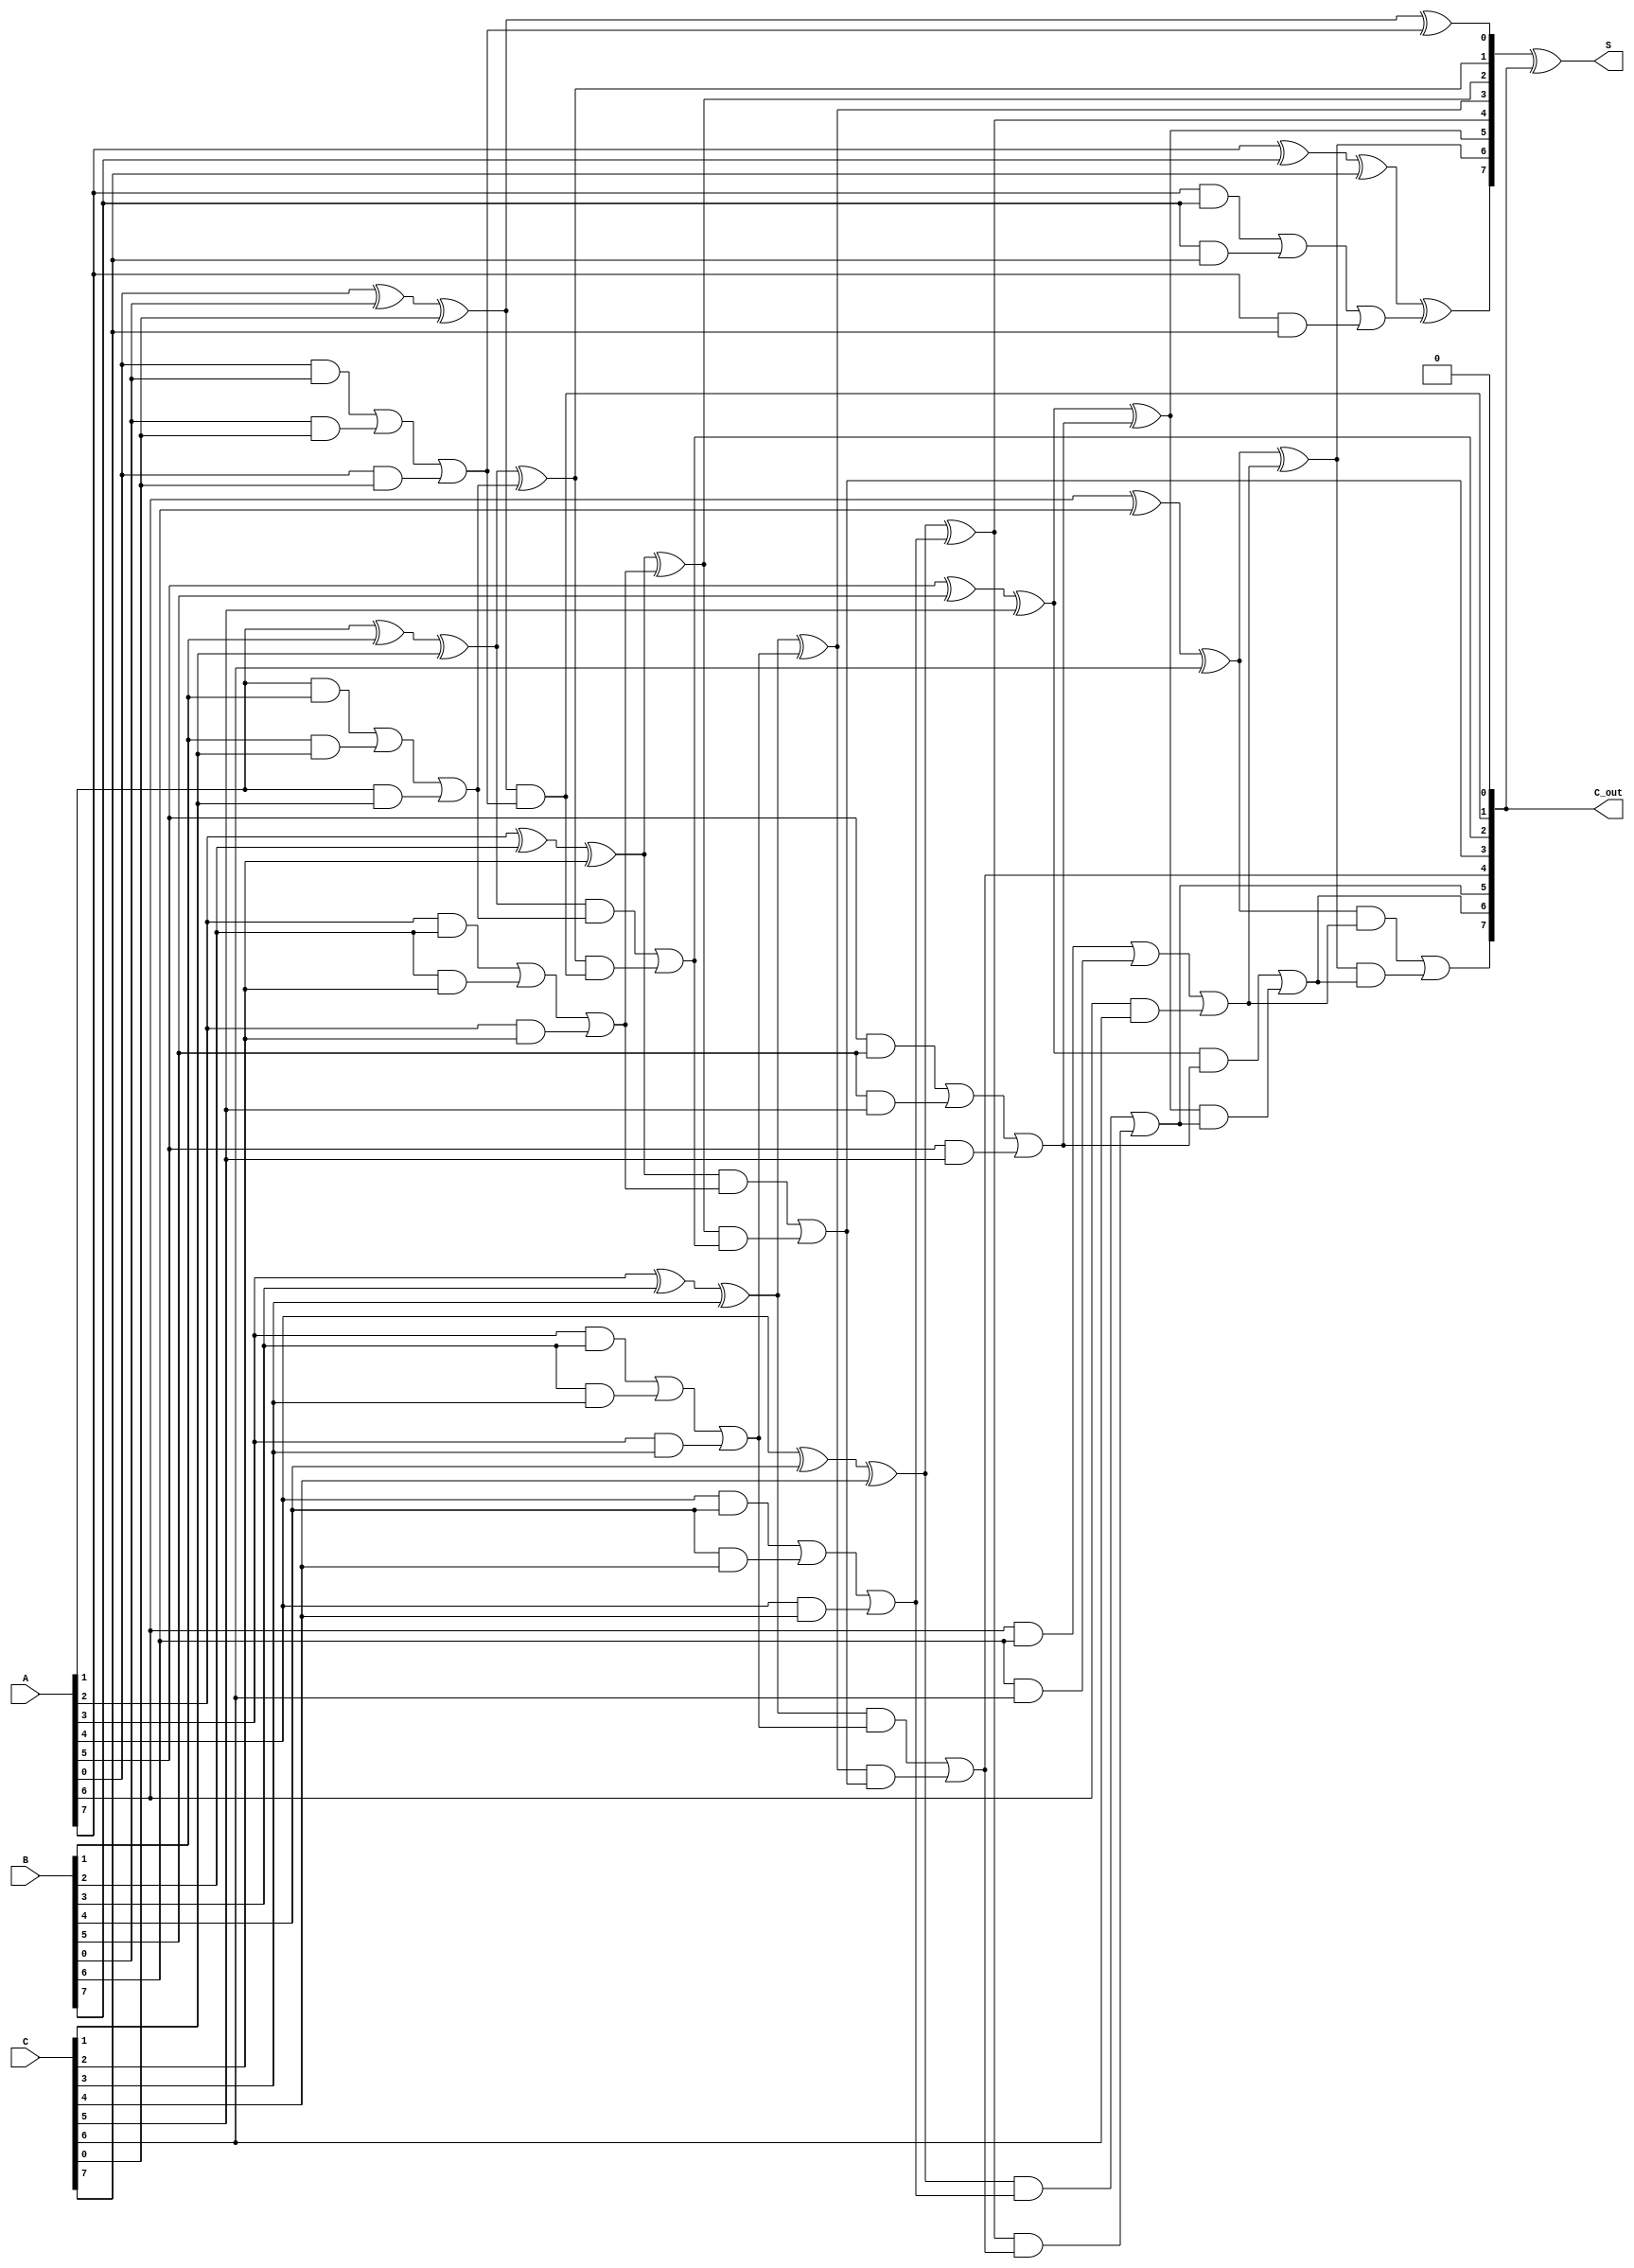
module carry_save_adder #(parameter N = 8) (
    input  [N-1:0] A,    // First operand
    input  [N-1:0] B,    // Second operand
    input  [N-1:0] C,    // Third operand
    output [N-1:0] S,     // Sum output
    output [N-1:0] C_out   // Carry output
);
    // Intermediate sums and carries
    wire [N-1:0] S1, C1; // Outputs from first stage
    wire [N-1:0] S2, C2; // Outputs from second stage

    // Stage 1: Full Adders for A, B, C
    generate
        genvar i;
        for (i = 0; i < N; i = i + 1) begin: stage1
            // Full adder for A, B, and C
            assign S1[i] = A[i] ^ B[i] ^ C[i]; // Sum
            assign C1[i] = (A[i] & B[i]) | (B[i] & C[i]) | (A[i] & C[i]); // Carry
        end
    endgenerate

    // Stage 2: Combine sums and carries from stage 1
    generate
        for (i = 0; i < N; i = i + 1) begin: stage2
            // Full adder for S1 and C1
            assign S2[i] = S1[i] ^ C1[i]; // New Sum
            assign C2[i] = S1[i] & C1[i]; // New Carry
        end
    endgenerate

    // Final Stage: Combine the last sums and carries
    generate
        for (i = 0; i < N-1; i = i + 1) begin: final_stage
            // Final adder to generate final sum and carry
            assign C_out[i+1] = C2[i] | (S2[i] & C_out[i]); // Final Carry
        end
    endgenerate

    // Final sum output
    assign S = S2 ^ C_out;

    // Define C_out[0]
    assign C_out[0] = 1'b0; // No initial carry-in

endmodule